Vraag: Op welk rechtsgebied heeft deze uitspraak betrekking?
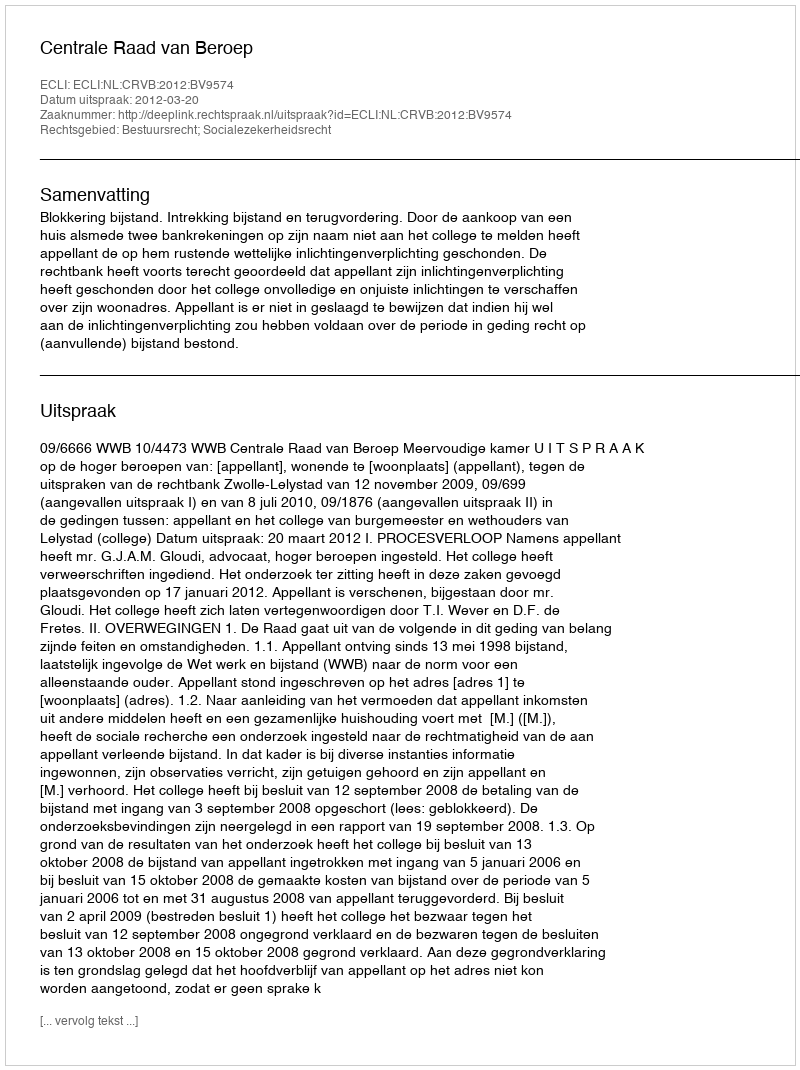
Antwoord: Bestuursrecht; Socialezekerheidsrecht